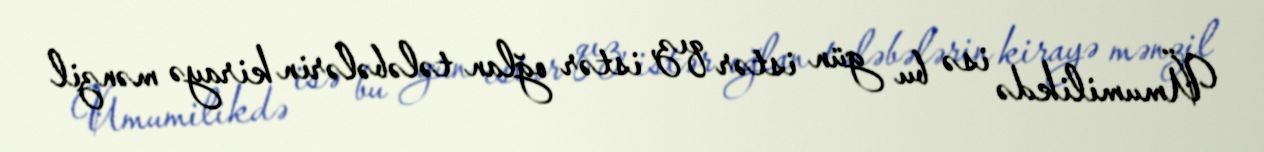
Ümumilikdə isə bu gün istər qız, istər oğlan tələbələrin kirayə mənzil